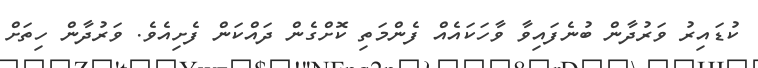
ކުޑައިރު ވަރުދާން ބުނެފައިވާ ވާހަކައެއް ފެންމަތި ކޮށްގެން ދައްކަން ފެށިއެވެ. ވަރުދާން ހިތަށް